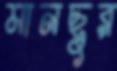
মানছুর